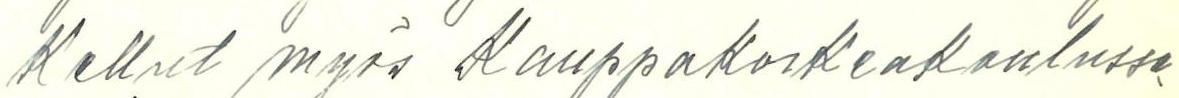
Kellut myös Kauppakorkeakoulussa